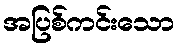
အပြစ်ကင်းသော